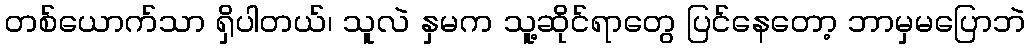
တစ်ယောက်သာ ရှိပါတယ်၊ သူလဲ နှမက သူ့ဆိုင်ရာတွေ ပြင်နေတော့ ဘာမှမပြောဘဲ